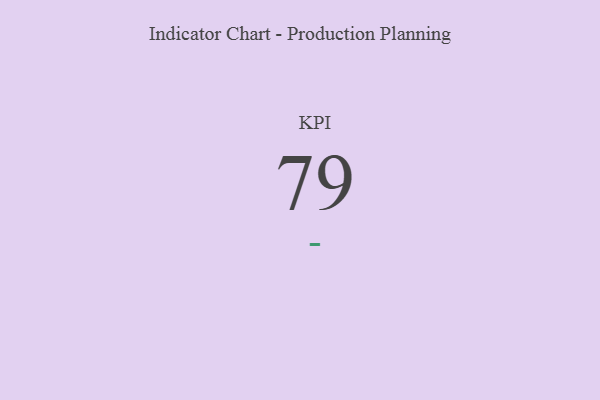
{"axis": {"x": "KPI", "y": "Value"}, "legend": [""], "data": [{"x": "KPI", "y": 79, "type": ""}]}